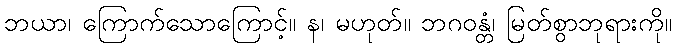
ဘယာ၊ ကြောက်သောကြောင့်။ န၊ မဟုတ်။ ဘဂဝန္တံ၊ မြတ်စွာဘုရားကို။